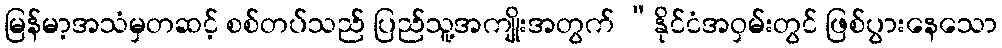
မြန်မာ့အသံမှတဆင့် စစ်တပ်သည် ပြည်သူ့အကျိုးအတွက် “နိုင်ငံအဝှမ်းတွင် ဖြစ်ပွားနေသော